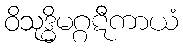
ဝိသုဒ္ဓိမဂ္ဂဋီကာယံ